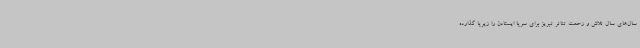
سال‌های سال تلاش و زحمت تئاتر تبریز برای سرپا ایستادن را زیرپا گذارده